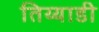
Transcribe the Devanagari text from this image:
तिय्याडी